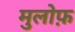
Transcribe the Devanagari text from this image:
मुलोफ़